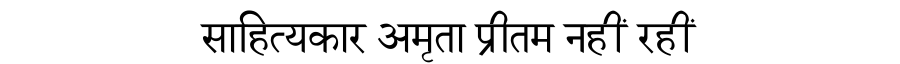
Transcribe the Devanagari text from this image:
साहित्यकार अमृता प्रीतम नहीं रहीं